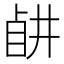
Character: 𥅶